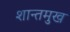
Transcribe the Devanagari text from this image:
शान्तमुख